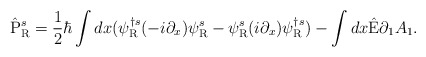
\begin{align*}\hat{\rm P}^s_{\rm R} = \frac{1}{2} \hbar \int dx( {\psi}^{\dagger s}_{\rm R} (-i \partial_x) {\psi}^s_{\rm R}- {\psi}^s_{\rm R} (i \partial_x) {\psi}^{\dagger s}_{\rm R} )- \int dx \hat{\rm E} {\partial_1}A_1 .\end{align*}